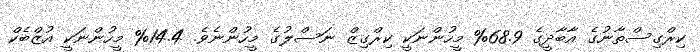
ކިރްގިސްތާނުގެ އާބާދީގެ 68.9% މީހުންނަކީ ކިރްގިޒް ނަސްލުގެ މީހުންނެވެ. 14.4% މީހުންނަކީ އުޒްބެކް